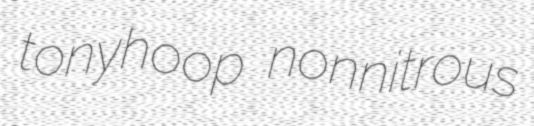
tonyhoop nonnitrous